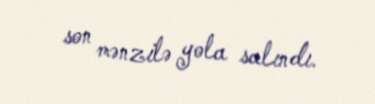
son mənzilə yola salındı.